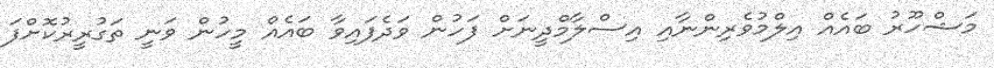
މަޝްހޫރު ބައެއް އިލްމުވެރިންނާއި އިސްލާމްދީނަށް ފަހުން ވަދެފައިވާ ބައެއް މީހުން ވަނީ ތަގުރީރުކޮށްފަ